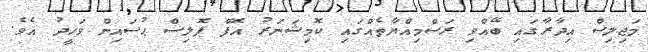
މަޖިލިސް އިދާރާގައި ބޭއްވި ރަސްމިއްޔާތެއްގައި ކޮމިޝަނަރު އޮފް ޕޮލިސް ޙުސައިން ވަހީދު އެވެ.